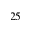
2 5